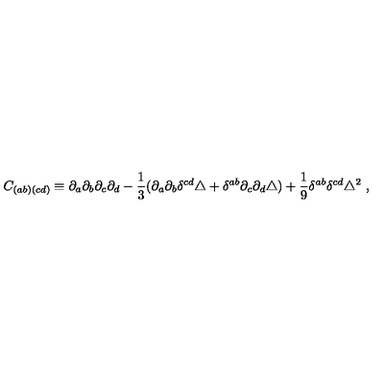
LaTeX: C _ { ( a b ) ( c d ) } \equiv \partial _ { a } \partial _ { b } \partial _ { c } \partial _ { d } - \frac { 1 } { 3 } ( \partial _ { a } \partial _ { b } \delta ^ { c d } \triangle + \delta ^ { a b } \partial _ { c } \partial _ { d } \triangle ) + \frac { 1 } { 9 } \delta ^ { a b } \delta ^ { c d } \triangle ^ { 2 } \ ,